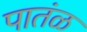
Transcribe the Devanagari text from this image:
पातंळ